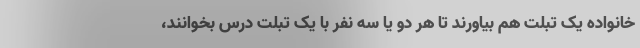
خانواده یک تبلت هم بیاورند تا هر دو یا سه نفر با یک تبلت درس بخوانند،